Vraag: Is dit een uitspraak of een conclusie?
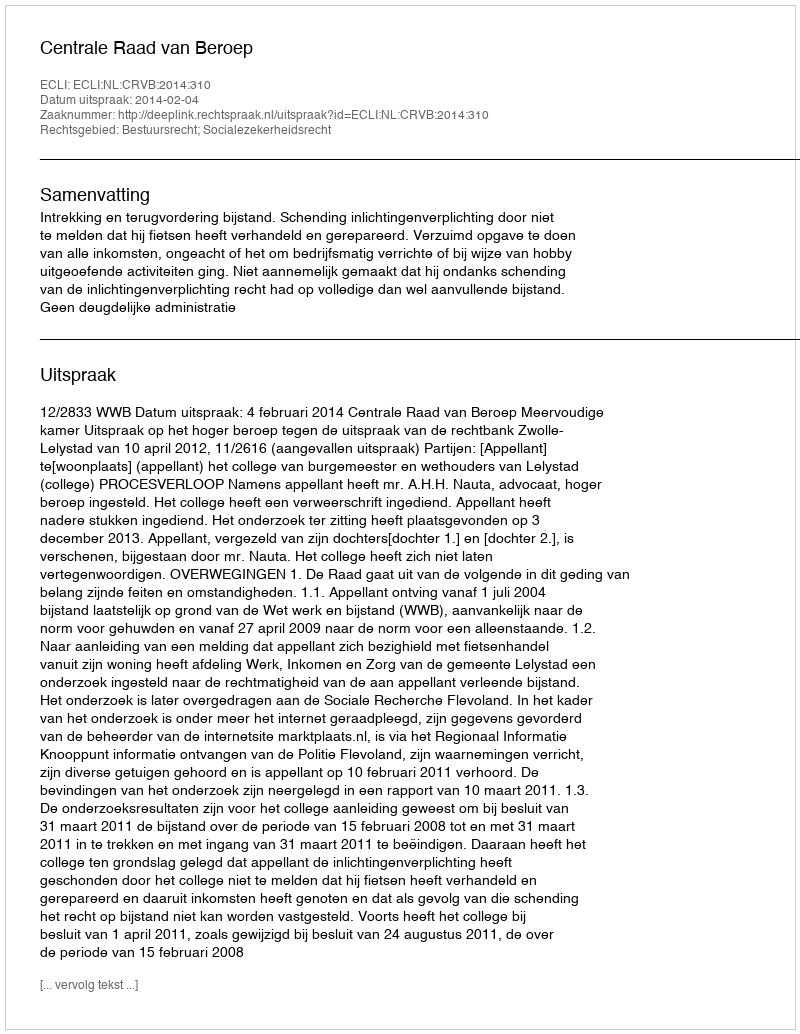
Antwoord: Uitspraak